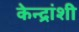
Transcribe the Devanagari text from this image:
केन्द्रांशी